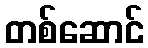
တစ်ဆောင်